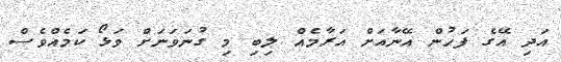
އަދި އޭގެ ފަހުން އޭނާއަށް އަރާމެއް ލިބި މި ގުނަވަނަށް ވަޅޯ ކަމެއްވެސް